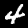
Label: 4